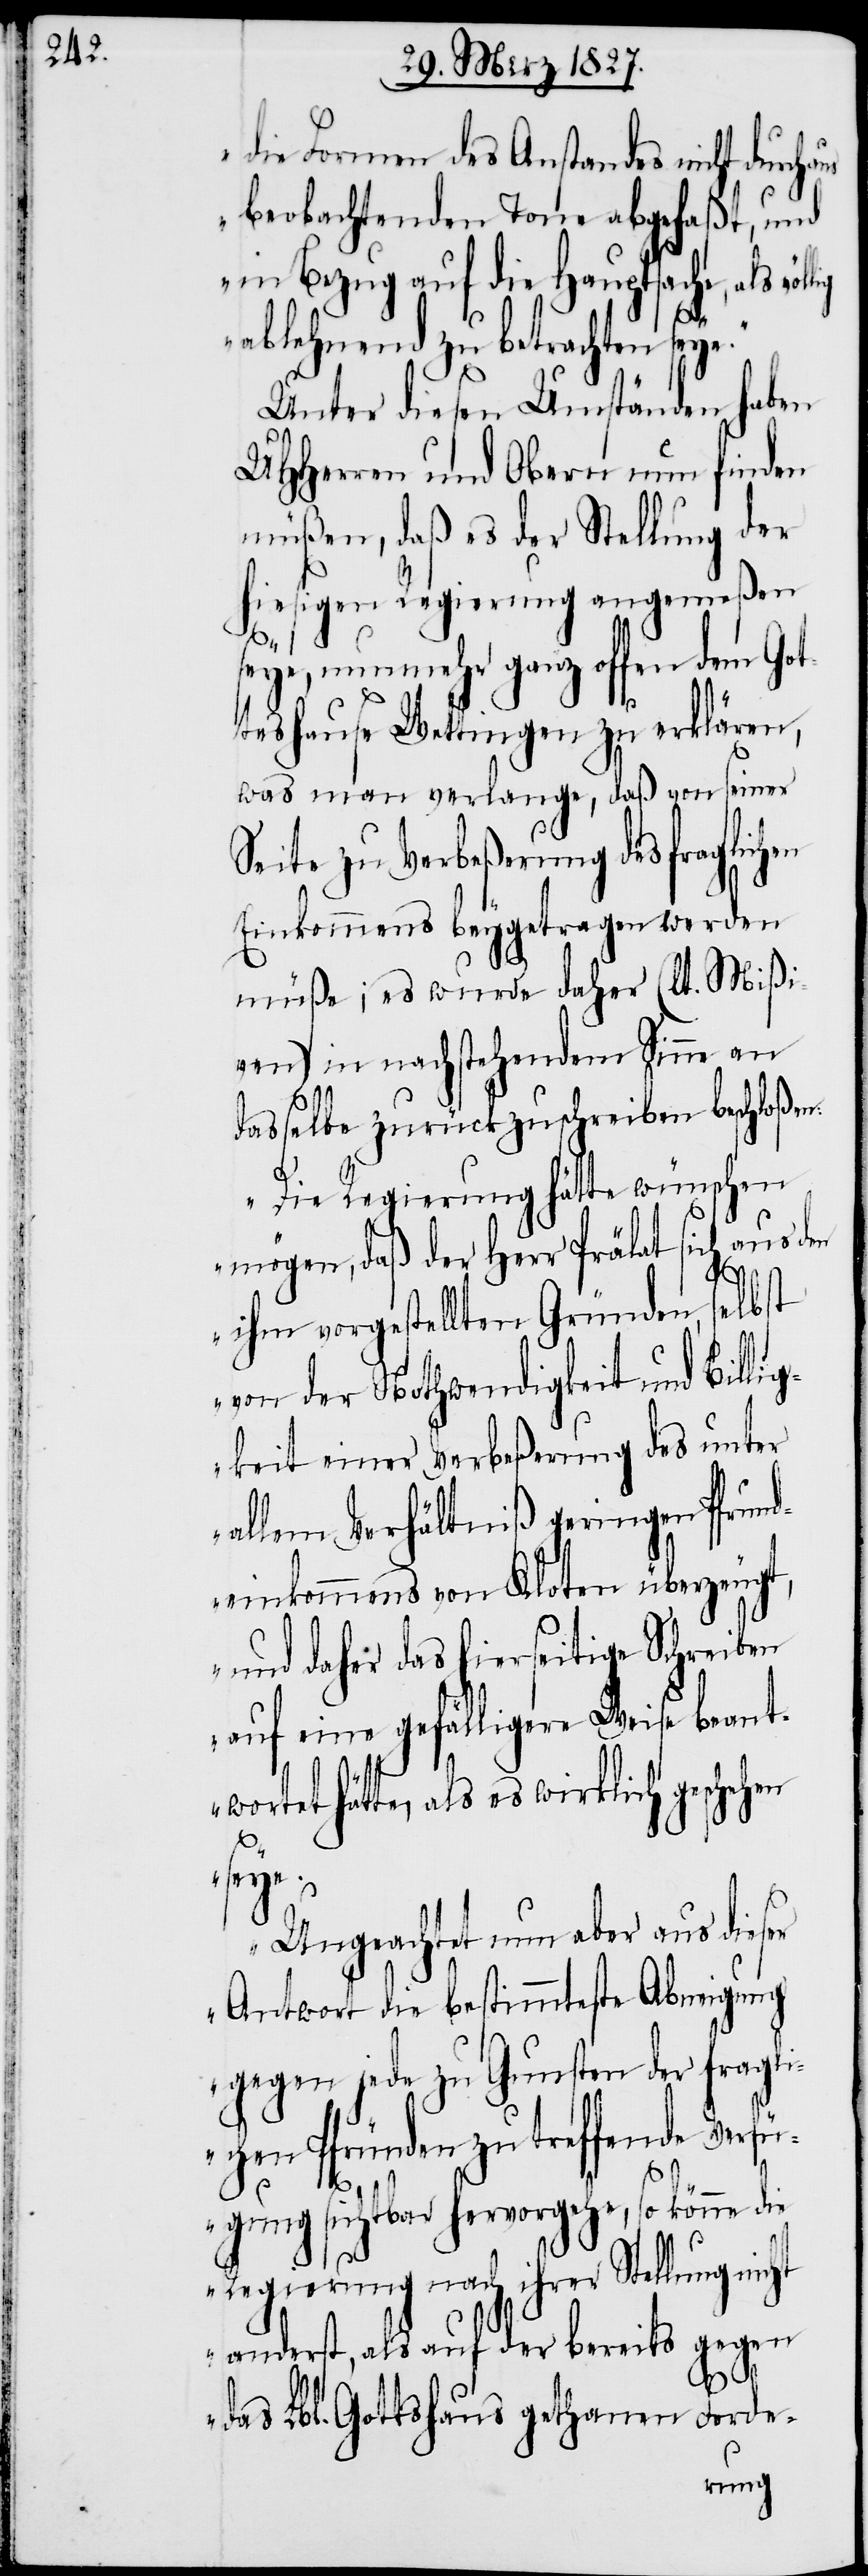
die Formen des Anstandes nicht durch¬
beobachtenden Tone abgefaßt, und
in Bezug auf die Hauptsache, als
ablehnend zu betrachten seye.“
Unter diesen Umständen haben
UHHerren und Obern nun finden
müßen, daß es der Stellung der
hiesigen Regierung angemeßen
seye, nunmehr ganz offen dem Got¬
teshause Wettingen zu erklären,
was man verlange, daß von seiner
Seite zu Verbeßerung des fraglich¬
Einkommens beygetragen werden
müße; es wurde daher (lt. Mißi¬
ven) in nachstehendem Sinne an
dasselbe zurückzuschreiben beschloßen:
„Die Regierung hätte wünschen
mögen, daß der Herr Prälat sich aus den
ihm vorgestellten Gründen, selbst
von der Nothwendigkeit und Billi¬
gkeit einer Verbeßerung des unter
allem Verhältniß geringen Pfrun¬
deinkommens von Kloten überzeugt,
und daher das hierseitige Schreiben
auf eine gefälligere Weise beant¬
wortet hätte, als es wirklich geschehen
seye.
Ungeachtet nun aber aus dieser
Antwort die bestimmteste Abneigung
gegen jede zu Gunsten der fragli¬
chen Pfründen zu treffende Verfü¬
en
gung sichtbar hervorgehe, so könne die
Regierung nach ihrer Stellung nicht
anderst, als auf der bereits gegen
das Lbl. Gotteshaus gethanen Forde-